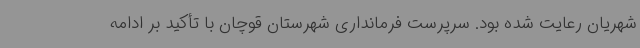
شهریان رعایت شده بود. سرپرست فرمانداری شهرستان قوچان با تأکید بر ادامه